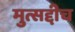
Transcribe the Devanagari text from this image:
मुत्सद्दीच